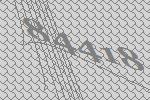
84418